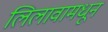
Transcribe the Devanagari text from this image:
लिलावामधून